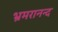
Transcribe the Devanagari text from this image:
भ्रमरानन्‍द